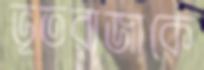
ভূতরাজাকে